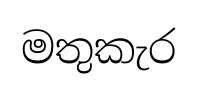
මතුකැර